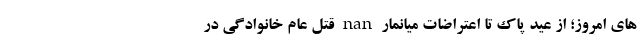
های امروز؛ از عید پاک تا اعتراضات میانمار nan قتل عام خانوادگی در